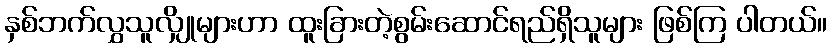
နှစ်ဘက်လွှသူလျှိုများဟာ ထူးခြားတဲ့စွမ်းဆောင်ရည်ရှိသူများ ဖြစ်ကြ ပါတယ်။